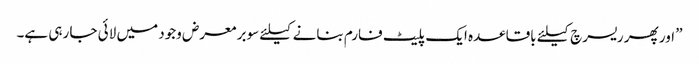
” اور پھر ریسرچ کیلئے باقاعدہ ایک پلیٹ فارم بنانے کیلئے سوبر معرض وجود میں لائی جا رہی ہے۔